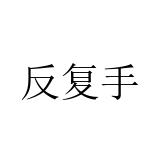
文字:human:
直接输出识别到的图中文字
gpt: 反复手